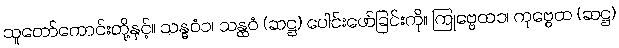
သူတော်ကောင်းတို့နှင့်။ သန္ဓဝံ၁၊ သန္ထဝံ (ဆဋ္ဌ) ပေါင်းဖော်ခြင်းကို။ ကြုဗ္ဗေထ၁၊ ကုဗ္ဗေထ (ဆဋ္ဌ)